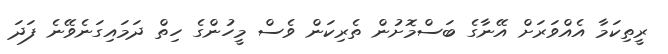
ރީތިކަމާ އެއްވަރަށް އޭނާގެ ބަސްމޮށުން ތެރިކަން ވެސް މީހުންގެ ހިތް ދަމައިގަނެވޭނެ ފަދަ